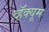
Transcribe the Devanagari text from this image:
व्हॅक्यूम